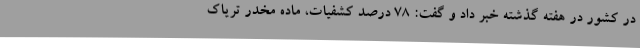
در کشور در هفته گذشته خبر داد و گفت: ۷۸ درصد کشفیات، ماده مخدر تریاک